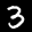
Label: 3